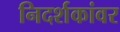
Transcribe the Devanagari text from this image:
निदर्शकांवर